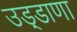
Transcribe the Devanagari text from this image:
उड़्डाणा